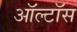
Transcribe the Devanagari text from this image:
ऑल्टॉस